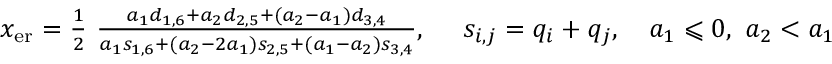
\begin{array} { r } { x _ { \mathrm { e r } } = \frac { 1 } { 2 } \ \frac { a _ { 1 } d _ { 1 , 6 } + a _ { 2 } d _ { 2 , 5 } + ( a _ { 2 } - a _ { 1 } ) d _ { 3 , 4 } } { a _ { 1 } s _ { 1 , 6 } + ( a _ { 2 } - 2 a _ { 1 } ) s _ { 2 , 5 } + ( a _ { 1 } - a _ { 2 } ) s _ { 3 , 4 } } , \ \ \ \ s _ { i , j } = q _ { i } + q _ { j } , \ \ \ a _ { 1 } \leqslant 0 , \ a _ { 2 } < a _ { 1 } } \end{array}